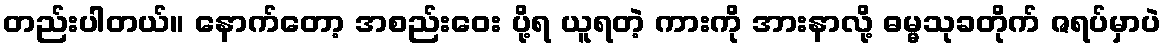
တည်းပါတယ်။ နောက်တော့ အစည်းဝေး ပို့ရ ယူရတဲ့ ကားကို အားနာလို့ ဓမ္မသုခတိုက် ဇရပ်မှာပဲ